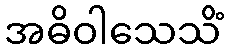
အဓိဝါသေသိံ